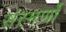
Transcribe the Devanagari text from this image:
संस्मर्णो